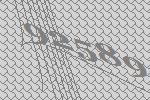
92589